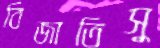
বিজাতিসু